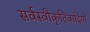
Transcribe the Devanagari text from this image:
सर्वस्वीकृतिवादियों